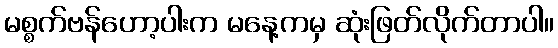
မစ္စက်ဗန်ဟော့ပါးက မနေ့ကမှ ဆုံးဖြတ်လိုက်တာပါ။